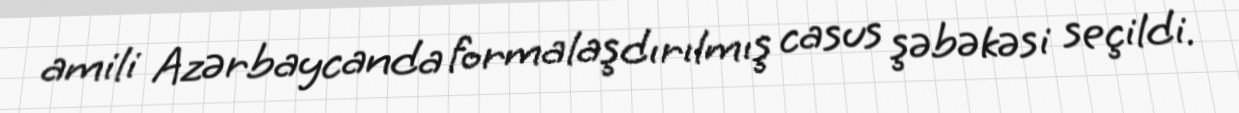
amili Azərbaycanda formalaşdırılmış casus şəbəkəsi seçildi.